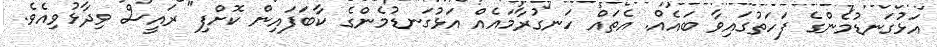
އަޅުގަނޑުމެންގެ ފަހަތުގައިވާ ބައެއް. އެތައް ހަނގުރާމައެއް އަޅުގަނޑުމެންގެ ކާބަފައިން ކޮށްފި" ރައީސް ވިދާޅުވިއެވެ.